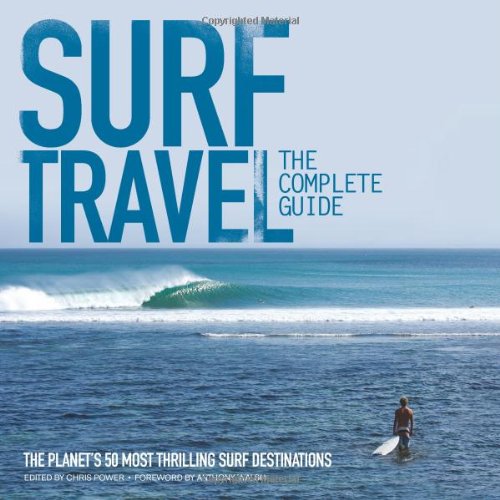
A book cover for Surf Travel: The Complete Guide: The Planet's 50 Most Thrilling Surf Destinations; Chris Power; Sports & Outdoors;